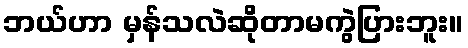
ဘယ်ဟာ မှန်သလဲဆိုတာမကွဲပြားဘူး။